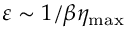
\varepsilon \sim 1 / \beta \eta _ { \mathrm { m a x } }